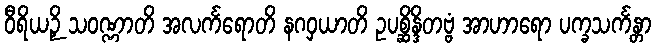
ဝီရိယဉှိ သဝဏ္ဏာတိ အလင်္ကရောတိ နဂဝှယာတိ ဥပစ္ဆိန္ဒိတဗ္ဗံ အာဟာရော ပက္ခသင်္ကန္တာ